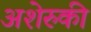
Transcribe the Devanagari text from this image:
अशेरुकी